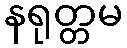
နရုတ္တမ